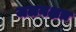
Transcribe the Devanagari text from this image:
जलनक्षत्र